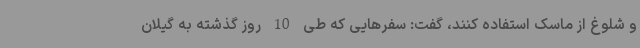
و شلوغ از ماسک استفاده کنند، گفت: سفرهایی که طی 10 روز گذشته به گیلان